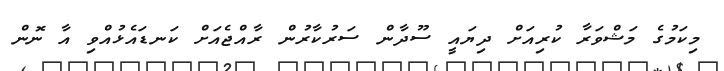
މިކަމުގެ މަޝްވަރާ ކުރިއަށް ދިޔައީ ސޫދާން ސަރުކާރުން ރާއްޖެއަށް ކަނޑައެޅުއްވި އާ ނޮން